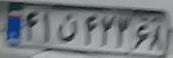
۴۱ن۴۲۳۶۸